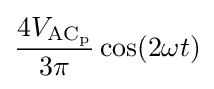
{\frac {4V_{\mathrm {AC_{p}} }}{3\pi }}\cos(2\omega t)